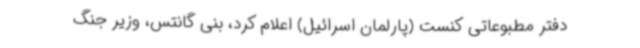
دفتر مطبوعاتی کنست (پارلمان اسرائیل) اعلام کرد، بنی گانتس، وزیر جنگ